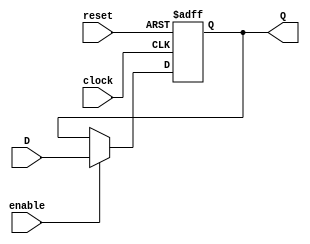
`timescale 1ns / 1ps
//////////////////////////////////////////////////////////////////////////////////
// Company: 
// Engineer: 
// 
// Design Name: 
// Module Name:    Register 
// Project Name: 
// Target Devices: 
// Tool versions: 
// Description: 
//
// Dependencies: 
//
// Revision: 
// Revision 0.01 - File Created
// Additional Comments: 
//
//////////////////////////////////////////////////////////////////////////////////
module Register #(parameter n = 128) (output reg [n-1:0] Q, input [n-1:0] D, input enable, clock, reset);
	always @(posedge clock, posedge reset) begin
		if (reset)
			Q <= 128'd0;
		else if (enable)
			Q <= D;
	end
endmodule